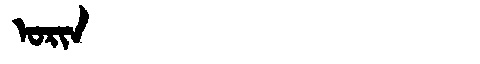
Manchu: ᠣᡵᡳᠨ
Romanization: ORIN